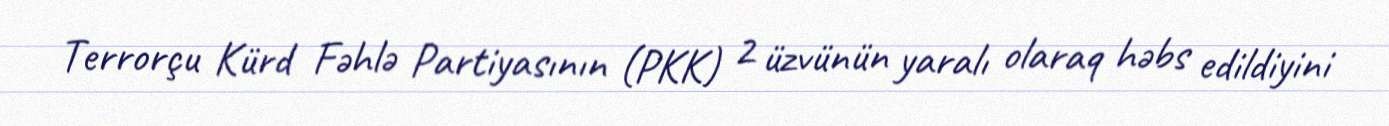
Terrorçu Kürd Fəhlə Partiyasının (PKK) 2 üzvünün yaralı olaraq həbs edildiyini